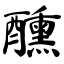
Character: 醺